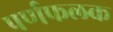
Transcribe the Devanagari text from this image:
पर्णफलक